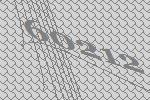
60212